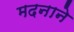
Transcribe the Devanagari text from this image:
मदनाने